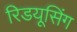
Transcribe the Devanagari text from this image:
रिडयूसिंग